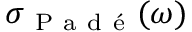
\sigma _ { \mathrm { ~ P ~ a ~ d ~ é ~ } } ( \omega )